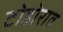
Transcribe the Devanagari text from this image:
टोडोराव